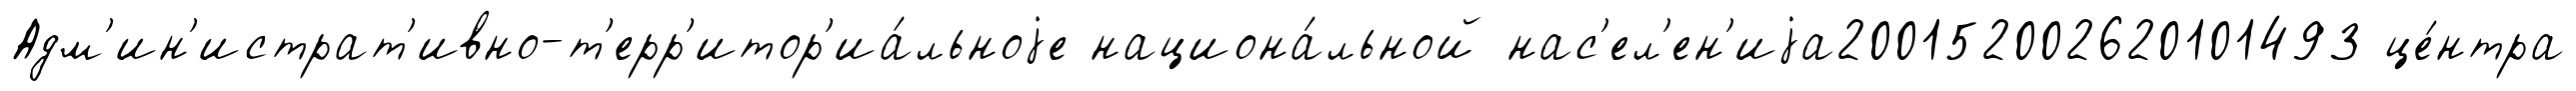
Адм'ин'истрат'ивно-т'ерр'итор'иа́льноjе национа́льной нас'ел'ен'иjа200152002620101493 це́нтра